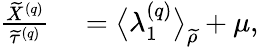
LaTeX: \begin{array}{rl}{\frac{\widetilde{X}^{\left(q\right)}}{\widetilde{\tau}^{\left(q\right)}}}&{{}=\big\langle\lambda_{1}^{\left(q\right)}\big\rangle_{\widetilde{\rho}}+\mu,}\end{array}